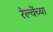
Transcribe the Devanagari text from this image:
रेल्वेंच्या